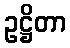
ဥဋ္ဌိတာ